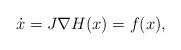
LaTeX: \begin{align*} \dot{x} = J\nabla H(x) = f(x),\end{align*}